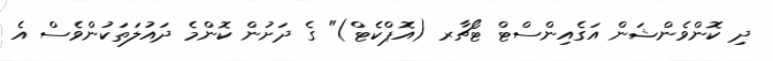
ދި ކޮންވެންޝަން އަގެއިންސްޓް ޓޯޗާރ (އޮޕްކެޓް)" ގެ ދަށުން ކޮންމެ ދައުލަތަކުންވެސް އެ